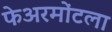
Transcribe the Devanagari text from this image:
फेअरमोंटला